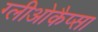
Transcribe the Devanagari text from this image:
ग्लीओकैप्सा